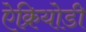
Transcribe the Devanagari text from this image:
ऐक्रियोडी